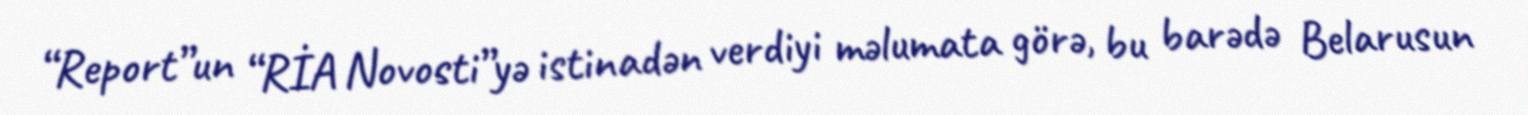
“Report”un “RİA Novosti”yə istinadən verdiyi məlumata görə, bu barədə Belarusun